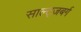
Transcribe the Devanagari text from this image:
साल्ट्ज़बर्ग